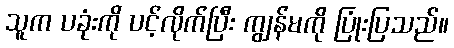
သူက ပခုံးကို ပင့်လိုက်ပြီး ကျွန်မကို ပြုံးပြသည်။